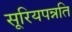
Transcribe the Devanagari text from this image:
सूरियपन्नति